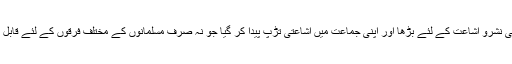
ایک مختصر سی جماعت اپنے گرد جمع کرکے اسلام کی نشرو اشاعت کے لئے بڑھا اور اپنی جماعت میں اشاعتی تڑپ پیدا کر گیا جو نہ صرف مسلمانوں کے مختلف فرقوں کے لئے قابل تقلید ہے بلکہ دنیا کی تمام جماعتوں کے لئے نمونہ ہے۔